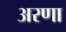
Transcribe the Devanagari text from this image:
अरणा